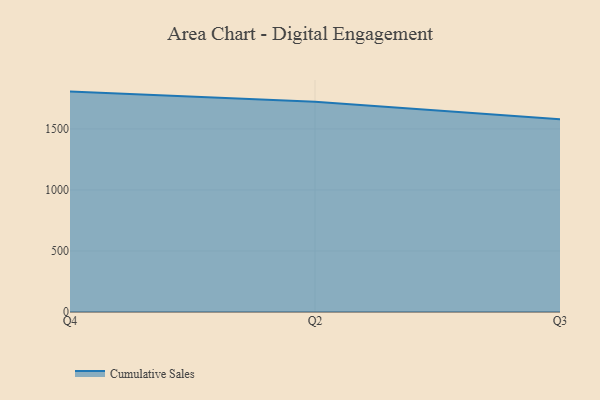
{"axis": {"x": "Quarter", "y": "Satisfaction Score"}, "legend": ["Cumulative Sales"], "data": [{"x": "Q4", "y": 1805.9, "type": "Cumulative Sales"}, {"x": "Q2", "y": 1722.1, "type": "Cumulative Sales"}, {"x": "Q3", "y": 1579.6, "type": "Cumulative Sales"}]}